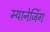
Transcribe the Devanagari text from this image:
म्यानेजिंग